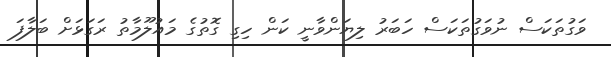
ވަގުތަކަސް ނުވަގުތަކަސް ހަބަރު ލިޔަންވާނީ ކަން ހިގި ގޮތުގެ މައުލޫމާތު ރަގަޅަށް ބަލާފަ